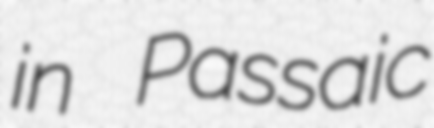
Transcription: in Passaic